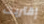
إقتربت